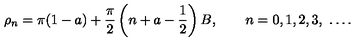
\rho _ { n } = \pi ( 1 - a ) + \frac { \pi } { 2 } \left( n + a - \frac { 1 } { 2 } \right) B , \qquad n = 0 , 1 , 2 , 3 , \ \dots .